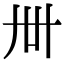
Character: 𬻂